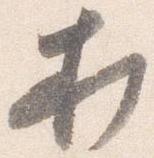
打